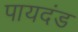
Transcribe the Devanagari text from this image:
पायदंड